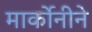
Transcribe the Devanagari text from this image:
मार्कोनीने